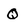
Character: q